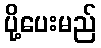
ပို့ပေးမည်